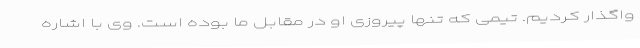
واگذار کردیم. تیمی که تنها پیروزی او در مقابل ما بوده است. وی با اشاره